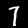
Digit: 7